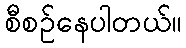
စီစဉ်နေပါတယ်။